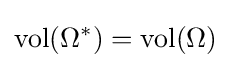
\operatorname {vol} (\Omega ^{*})=\operatorname {vol} (\Omega )